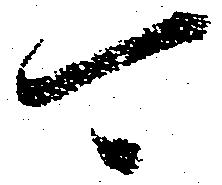
可